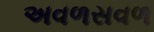
અવળસવળ